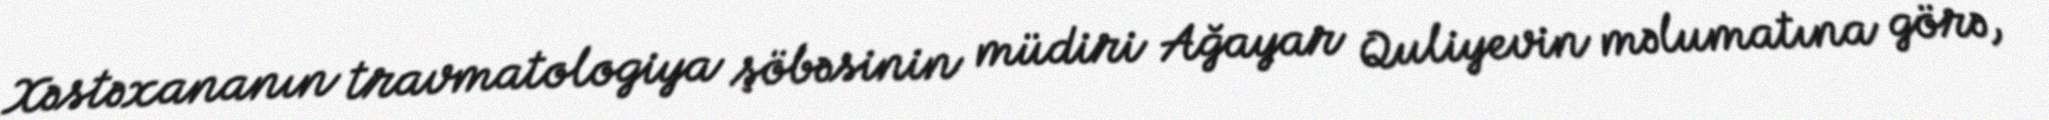
Xəstəxananın travmatologiya şöbəsinin müdiri Ağayar Quliyevin məlumatına görə,